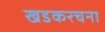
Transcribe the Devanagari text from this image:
खडकरचना